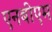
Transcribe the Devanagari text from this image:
एनबीएम